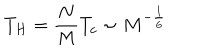
LaTeX: T _ { H } = \frac { N } { M } T _ { c } \sim M ^ { - \frac { 1 } { 6 } }